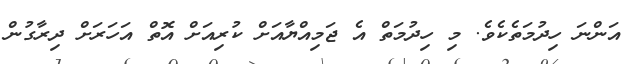
އަންނަ ހިދުމަތެކެވެ. މި ހިދުމަތް އެ ޖަމިއްޔާއަށް ކުރިއަށް އޮތް އަހަރަށް ދިރާގުން